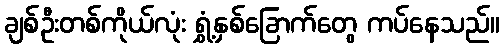
ချစ်ဦးတစ်ကိုယ်လုံး ရွှံ့နှစ်ခြောက်တွေ ကပ်နေသည်။